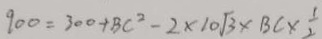
9 0 0 = 3 0 0 + B C ^ { 2 } - 2 \times 1 0 \sqrt { 3 } \times B C \times \frac { 1 } { 2 }